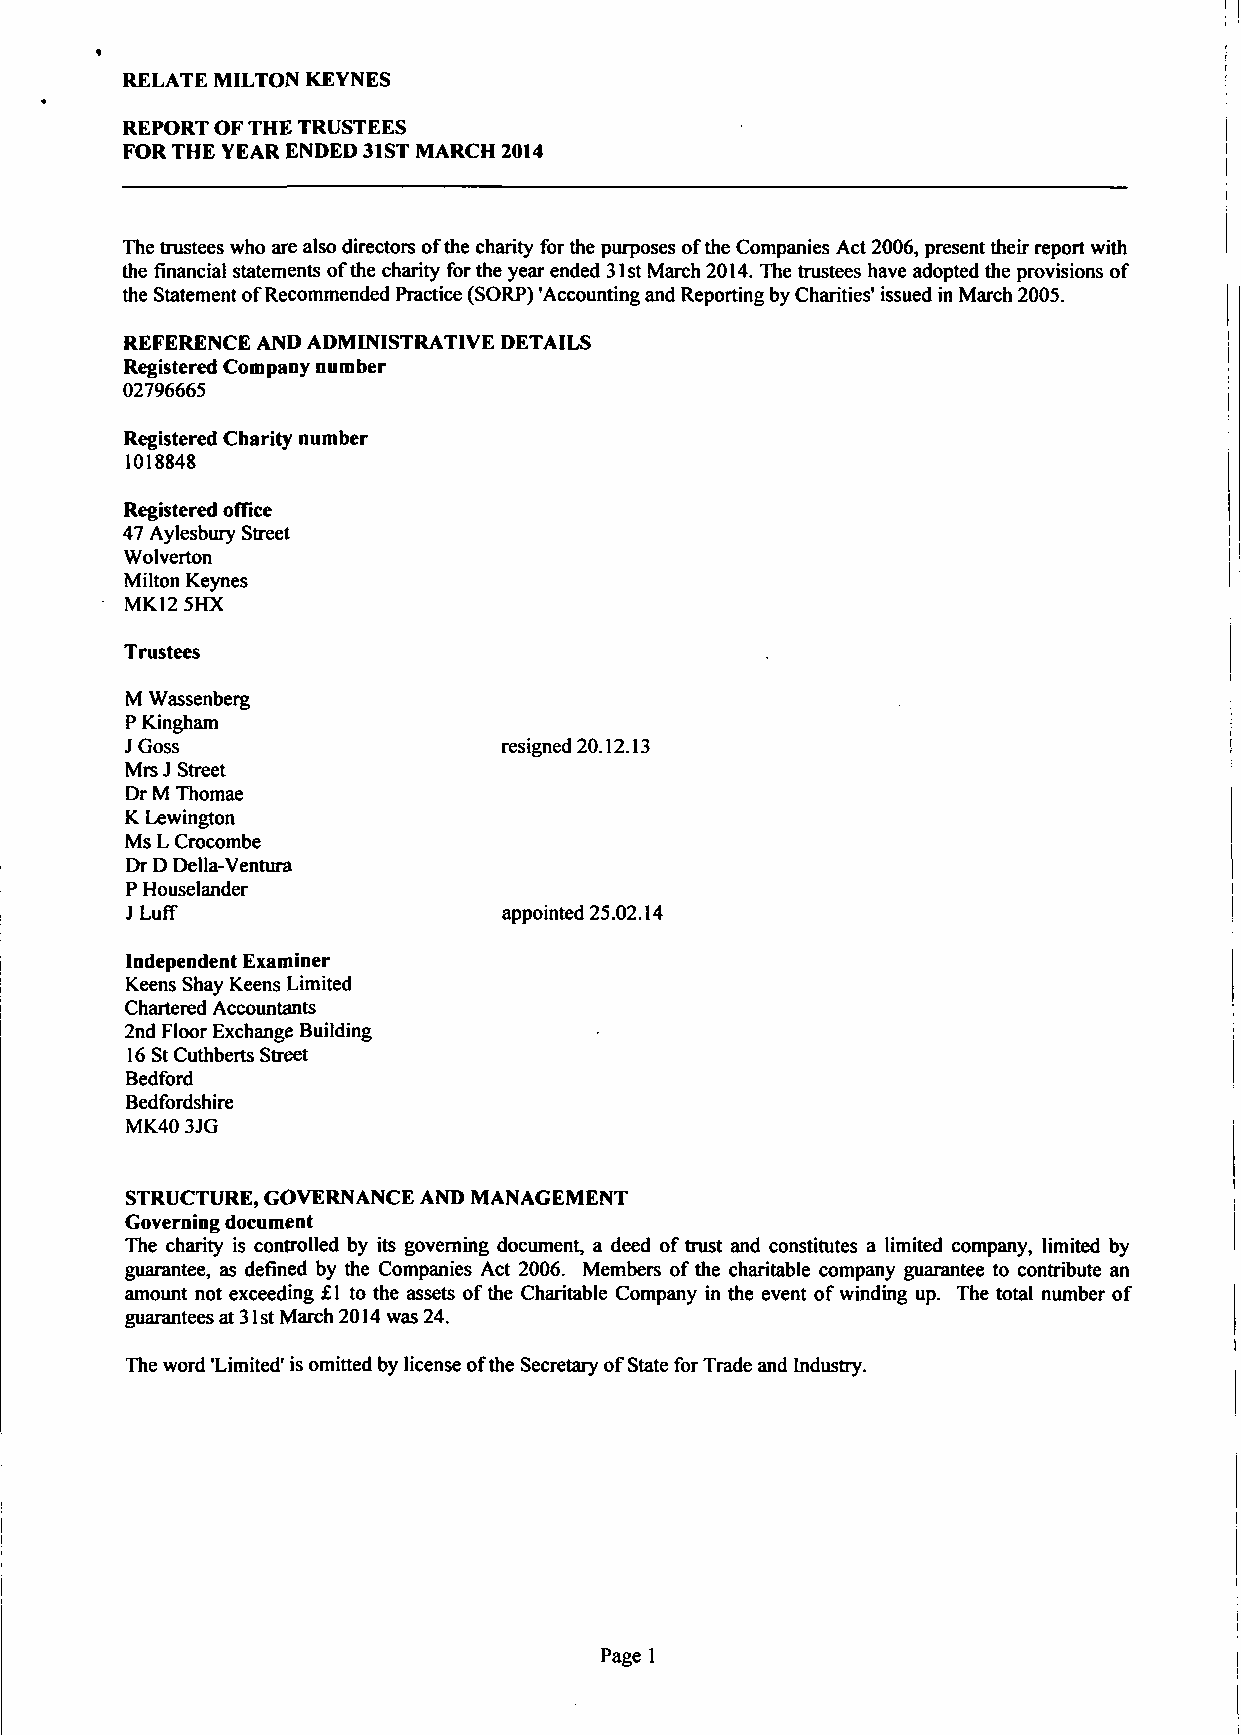
RELATE MILTON KEYNES
 REPORT OF THE TRUSTEES
 FOR THE YEAR ENDED 31ST MARCH 2014
 The trustees who are also directors of the charity for the purposes of the Companies Act 2006, present their report with
 the financial statements of the charity for the year ended 31st March 2014. The trustees have adopted the provisions of
 the Statement of Recommended Practice (SORP) 'Accounting and Reporting by Charities' issued in March 2005.
 REFERENCE AND ADMINISTRATIVE DETAILS
 Registered Company number
 02796665
 Registered Charity number
 1018848
 Registered office
 47 Aylesbury Street
 Wolverton
 Milton Keynes
 MK12 5HX
 Trustees
 M Wassenberg
 P Kingham
 J Goss                   resigned 20.12.13
 Mrs J Street
 Dr M Thomae
 K Lewington
 Ms L Crocombe
 Dr D Delia-Ventura
 P Houselander
 JLuff                    appointed 25.02.14
 Independent Examiner
 Keens Shay Keens Limited
 Chartered Accountants
 2nd Floor Exchange Building
 16 St Cuthberts Street
 Bedford
 Bedfordshire
 MK40 3JG
 STRUCTURE, GOVERNANCE AND MANAGEMENT
 Governing document
 The charity is controlled by its governing document, a deed of trust and constitutes a limited company, limited by
 guarantee, as defined by the Companies Act 2006. Members of the charitable company guarantee to contribute an
 amount not exceeding £1 to the assets of the Charitable Company in the event of winding up. The total number of
 guarantees at 31st March 2014 was 24.
 The word 'Limited' is omitted by license of the Secretary of State for Trade and Industry.
 Page 1